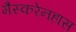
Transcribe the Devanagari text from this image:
मैस्करेनहास